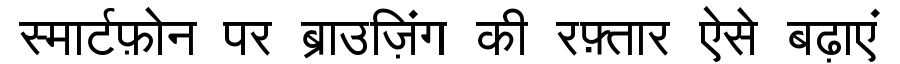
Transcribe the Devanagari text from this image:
स्मार्टफ़ोन पर ब्राउज़िंग की रफ़्तार ऐसे बढ़ाएं